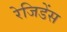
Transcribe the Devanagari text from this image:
रेजिडेंस